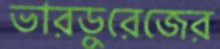
ভারডুরেজের